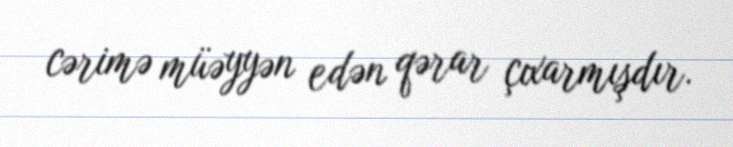
cərimə müəyyən edən qərar çıxarmışdır.